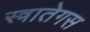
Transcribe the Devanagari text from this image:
स्त्रातेगस